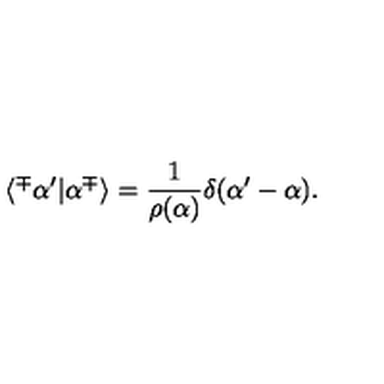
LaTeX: \langle ^ { \mp } \alpha ^ { \prime } | \alpha ^ { \mp } \rangle = \frac { 1 } { \rho ( \alpha ) } \delta ( \alpha ^ { \prime } - \alpha ) .